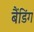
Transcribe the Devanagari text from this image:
बैंडिंग